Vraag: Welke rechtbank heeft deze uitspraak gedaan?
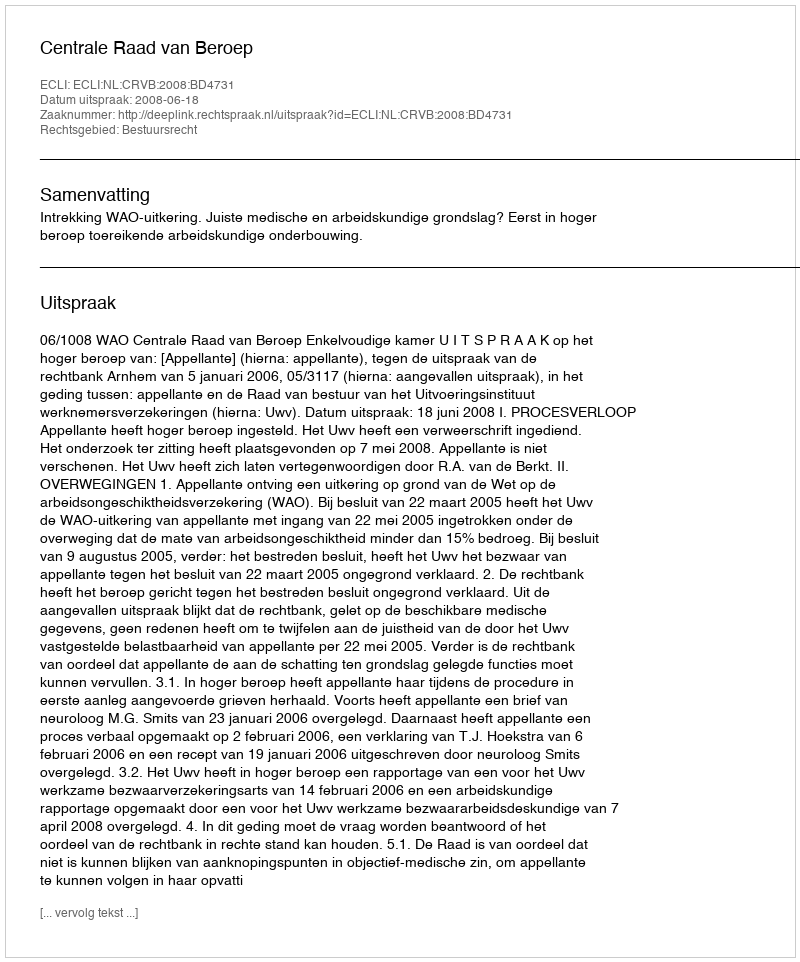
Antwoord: Centrale Raad van Beroep